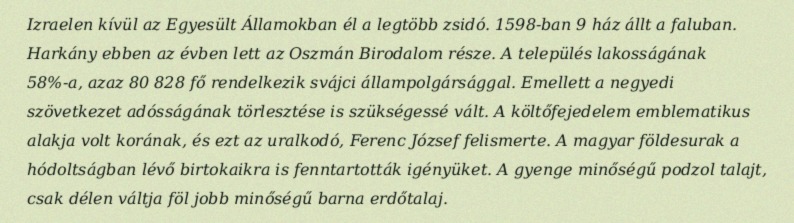
Izraelen kívül az Egyesült Államokban él a legtöbb zsidó. 1598-ban 9 ház állt a faluban. Harkány ebben az évben lett az Oszmán Birodalom része. A település lakosságának 58%-a, azaz 80 828 fő rendelkezik svájci állampolgársággal. Emellett a negyedi szövetkezet adósságának törlesztése is szükségessé vált. A költőfejedelem emblematikus alakja volt korának, és ezt az uralkodó, Ferenc József felismerte. A magyar földesurak a hódoltságban lévő birtokaikra is fenntartották igényüket. A gyenge minőségű podzol talajt, csak délen váltja föl jobb minőségű barna erdőtalaj.